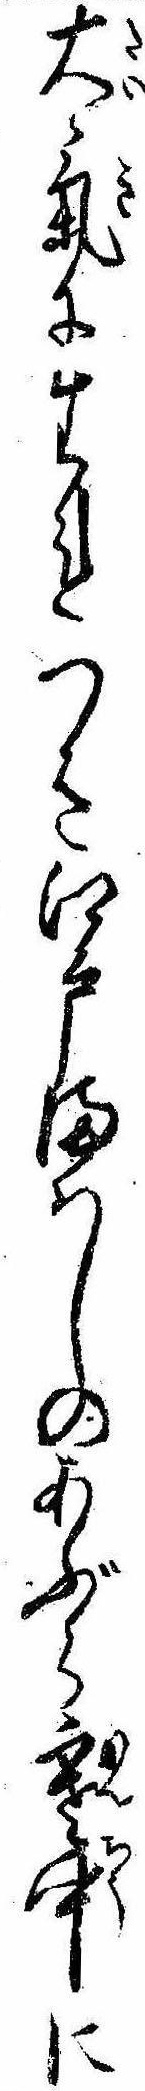
大気に生れつき江戸まはしのあぶら寒中に